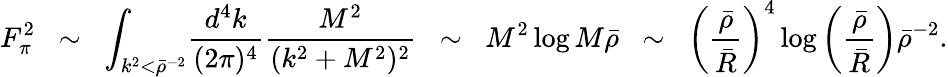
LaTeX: F_{\pi}^{2}\; \; \sim\; \; \int_{k^{2}<\bar{\rho}^{-2}}\! \frac{d^{4}k}{(2\pi)^{4}}\frac{M^{2}}{(k^{2}+M^{2})^{2}}\; \; \sim\; \; M^{2}\log M\bar{\rho}\; \; \sim\; \; \left(\frac{\bar{\rho}}{\bar{R}}\right)^{4}\log\left(\frac{\bar{\rho}}{\bar{R}}\right)\bar{\rho}^{-2}.